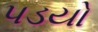
પડયો